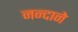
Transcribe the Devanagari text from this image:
नन्दाने